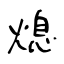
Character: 熄